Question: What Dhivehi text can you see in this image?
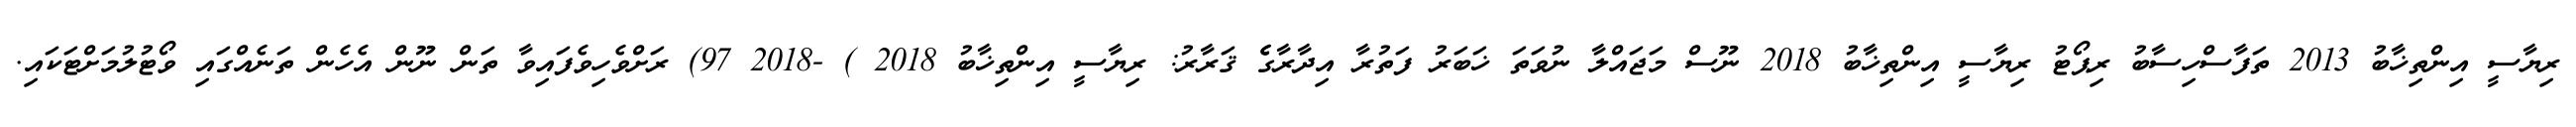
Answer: ރިޔާސީ އިންތިޚާބު 2013 ތަފާސްހިސާބު ރިޕޯޓު ރިޔާސީ އިންތިޚާބު 2018 ނޫސް މަޖައްލާ ނުވަތަ ޚަބަރު ފަތުރާ އިދާރާގެެ ޤަރާރު: ރިޔާސީ އިންތިޚާބު 2018 ) -2018 97) ރަށްވެހިވެފައިވާ ތަން ނޫން އެހެން ތަނެއްގައި ވޯޓުލުމަށްޓަކައި.